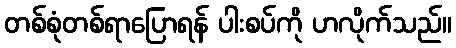
တစ်စုံတစ်ရာပြောရန် ပါးစပ်ကို ဟလိုက်သည်။